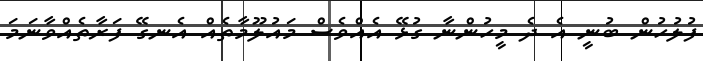
ފުލުހުން ބުނީ އެ ދެ މީހުންނާ ގުޅޭ އެއްވެސް މައުލޫމާތެއް އެނގޭ ފަރާތެއްވާނަމަ